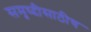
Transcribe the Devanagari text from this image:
समृध्दीसाठीच